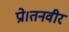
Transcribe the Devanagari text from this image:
प्रो।तनवीर